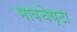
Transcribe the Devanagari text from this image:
भावचेष्टा